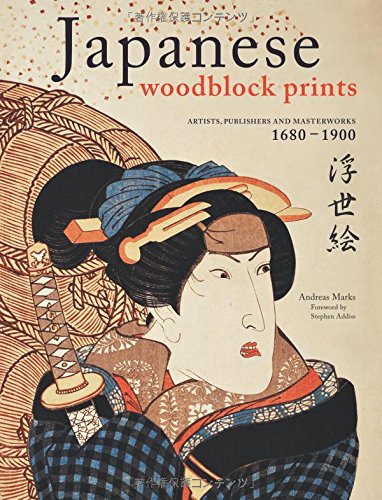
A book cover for Japanese Woodblock Prints: Artists, Publishers and Masterworks: 1680 - 1900; Andreas Marks; Arts & Photography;